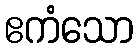
ဧကံသော